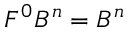
F ^ { 0 } B ^ { n } = B ^ { n }